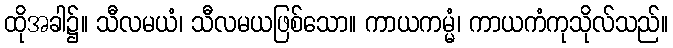
ထိုအခါ၌။ သီလမယံ၊ သီလမယဖြစ်သော။ ကာယကမ္မံ၊ ကာယကံကုသိုလ်သည်။